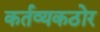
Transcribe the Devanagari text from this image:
कर्तव्यकठोर